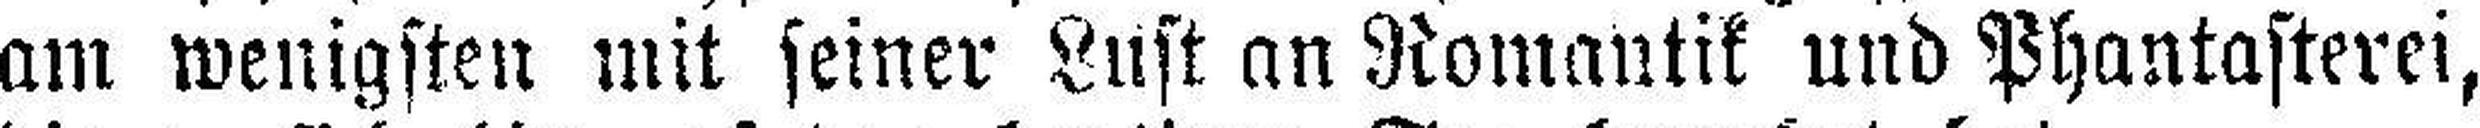
am wenigsten mit seiner Lust an Romantik und Phantasterei,